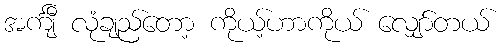
အင်္ကျီ လုံချည်တော့ ကိုယ့်ဟာကိုယ် လျှော်တယ်